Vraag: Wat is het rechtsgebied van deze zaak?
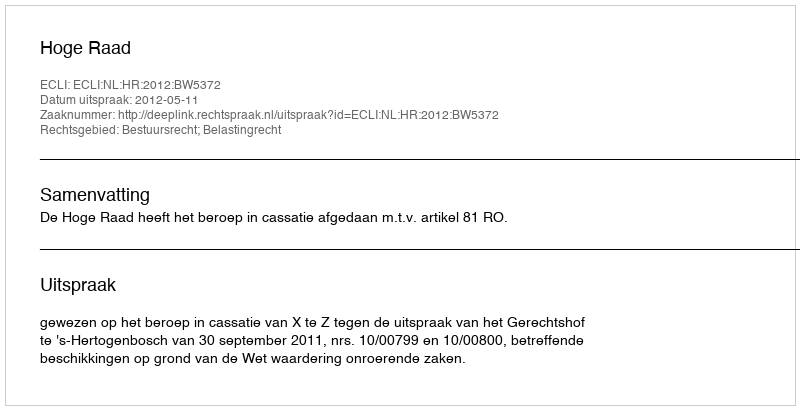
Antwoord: Bestuursrecht; Belastingrecht